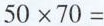
$$5 0 \times 7 0 =$$